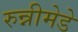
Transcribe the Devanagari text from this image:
रुन्नीमेडे